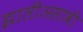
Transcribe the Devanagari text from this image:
झालीअसावी